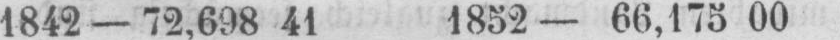
1842 - 72,698 41 1852 - 66,175 00